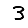
Digit: 3